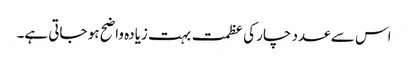
اس سے عدد چار کی عظمت بہت زیادہ واضح ہو جاتی ہے۔